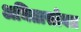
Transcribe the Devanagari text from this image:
अमितासोबत